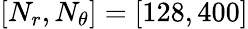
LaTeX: \left[N_{r},N_{\theta}\right]=\left[128,400\right]